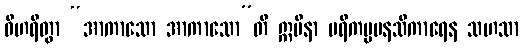
ဝိဟရိတွာ “အာကာသော အာကာသော”တိ ဣမိနာ ပရိကမ္မမနသိကာရေန သဟသာ